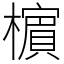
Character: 㯽